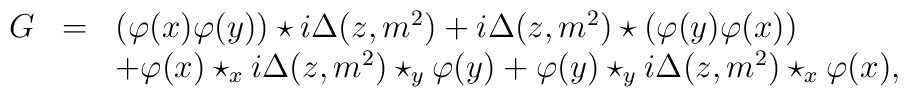
\begin{array}{rcl}G&=&(\varphi(x)\varphi(y))\star i\Delta(z,m^2)+i\Delta(z,m^2)\star(\varphi(y)\varphi(x))\\ &&+\varphi(x)\star_x i\Delta(z,m^2)\star_y\varphi(y)+\varphi(y)\star_y i\Delta(z,m^2)\star_x\varphi(x), \end{array}